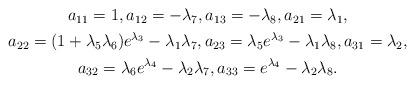
LaTeX: \begin{align*}\begin{gathered}a_{11} = 1, a_{12} = -\lambda_7, a_{13} = -\lambda_8 , a_{21} = \lambda_1, \\a_{22} = (1 + \lambda_5 \lambda_6) e^{\lambda_3} - \lambda_1 \lambda_7, a_{23} = \lambda_5 e^{\lambda_3} - \lambda_1 \lambda_8, a_{31} = \lambda_2, \\a_{32} = \lambda_6 e^{\lambda_4} - \lambda_2 \lambda_7, a_{33} = e^{\lambda_4} - \lambda_2 \lambda_8 .\end{gathered}\end{align*}